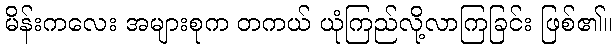
မိန်းကလေး အများစုက တကယ် ယုံကြည်လို့လာကြခြင်း ဖြစ်၏။